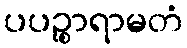
ပပဉ္စာရာမတံ